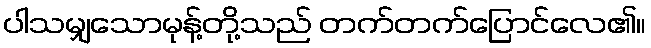
ပါသမျှသောမုန့်တို့သည် တက်တက်ပြောင်လေ၏။